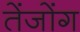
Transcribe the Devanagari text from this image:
तेंजोंग